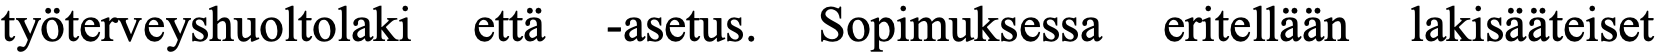
työterveyshuoltolaki että -asetus. Sopimuksessa eritellään lakisääteiset